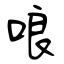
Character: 哴